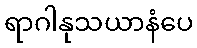
ရာဂါနုသယာနံပေ